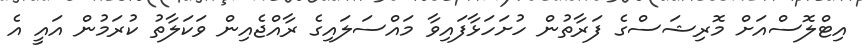
އިޓްލޮސްއަށް މޮރިޝަސްގެ ފަރާތުން ހުށަހަޅާފައިވާ މައްސަލައިގެ ރާއްޖެއިން ވަކަލާތު ކުރަމުން އައީ އެ